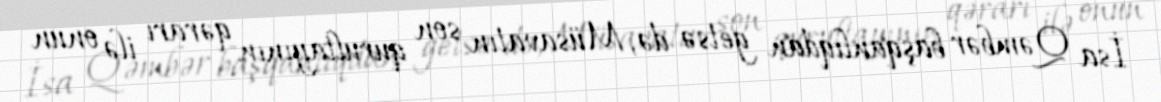
İsa Qəmbər başqanlıqdan getsə də, Müsavatın son qurultayının qərarı ilə onun